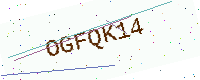
Text: OGFQK14